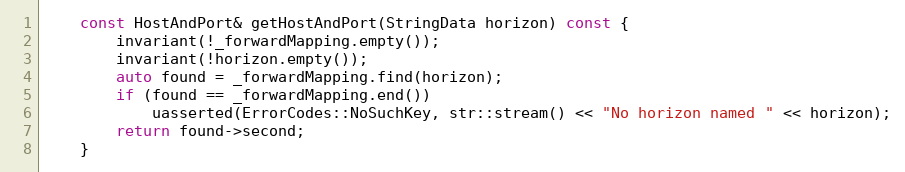
Language: C
    const HostAndPort& getHostAndPort(StringData horizon) const {
        invariant(!_forwardMapping.empty());
        invariant(!horizon.empty());
        auto found = _forwardMapping.find(horizon);
        if (found == _forwardMapping.end())
            uasserted(ErrorCodes::NoSuchKey, str::stream() << "No horizon named " << horizon);
        return found->second;
    }